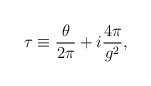
\begin{align*}\tau \equiv {\theta\over2\pi} + i {4\pi\over g^2},\end{align*}